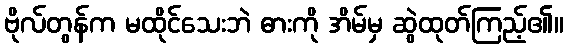
ဗိုလ်တွန်က မထိုင်သေးဘဲ ဓားကို အိမ်မှ ဆွဲထုတ်ကြည့်၏။